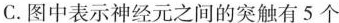
C.图中表示神经元之间的突触有5个